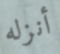
أنزله